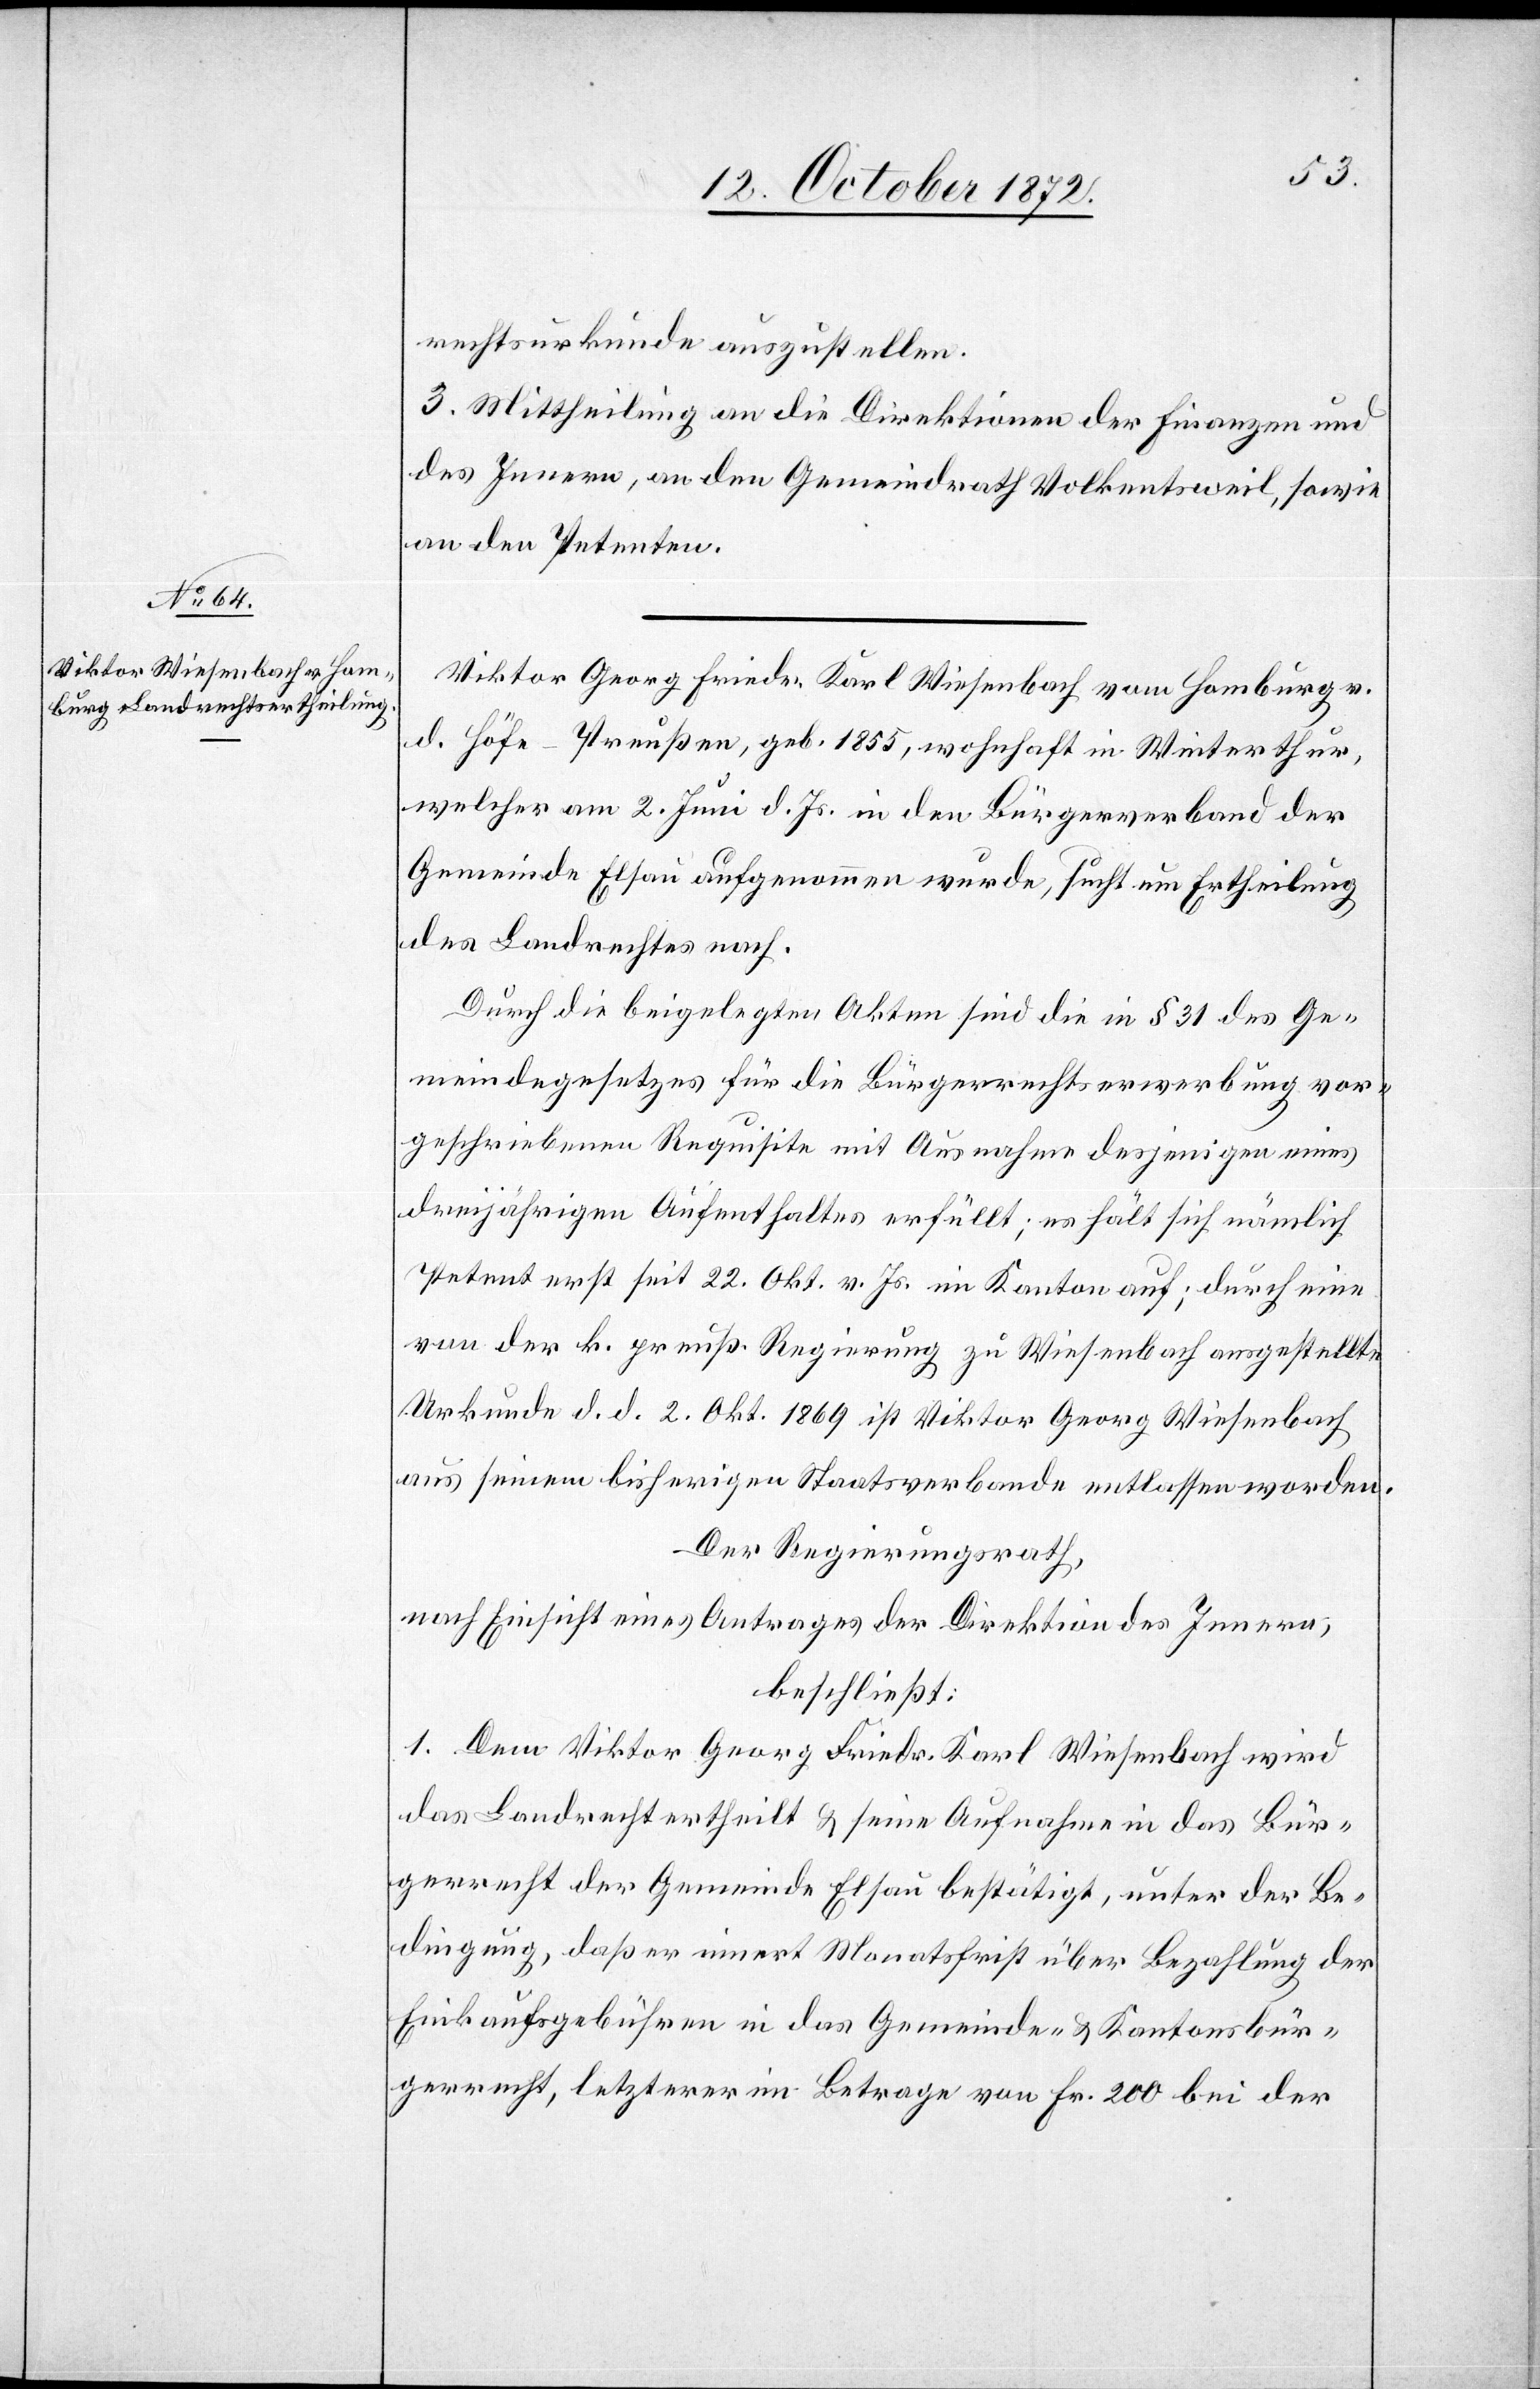
rechtsurkunde auszustellen.
3. Mittheilung an die Direktionen der Finanzen und
des Innern, an den Gemeindrath Volkentsweil, sowie
an den Petenten.
Viktor Georg Friedr. Karl Wiesenbach vom Homburg v.
d. Höfe-Preußen, geb. 1855, wohnhaft in Winterthur,
welcher am 2. Juni d. Js. in den Bürgerverband der
Gemeinde Elsau aufgenommen wurde, sucht um Ertheilung
des Landrechtes nach.
Durch die beigelegten Akten sind die in § 31 des Ge¬
meindegesetzes für die Bürgerrechtserwerbung vor¬
geschriebenen Requisite mit Ausnahme desjenigen eines
dreijährigen Aufenthaltes erfüllt; es hält sich nämlich
Petent erst seit 22. Okt. v. Js. im Kanton auf; durch eine
von der k. preuß. Regierung zu Wiesenbach ausgestellte
Urkunde d. d. 2. Okt. 1869 ist Viktor Georg Wiesenbach
aus seinem bisherigen Staatsverbande entlassen worden.
Der Regierungsrath,
nach Einsicht eines Antrages der Direktion des Innern,
beschließt:
1. Dem Viktor Georg Friedr. Karl Wiesenbach wird
das Landrecht ertheilt u. seine Aufnahme in das Bür¬
gerrecht der Gemeinde Elsau bestätigt, unter der Be¬
dingung, daß er innert Monatsfrist über Bezahlung der
Einkaufsgebühren in das Gemeinde- u. Kantonsbür¬
gerrecht, letzterer im Betrage von Fr. 200 bei der